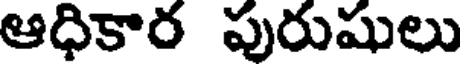
ఆధికార పురుషులు